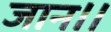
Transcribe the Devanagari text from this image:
जान।।